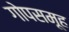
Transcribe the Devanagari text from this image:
गोपसमूह